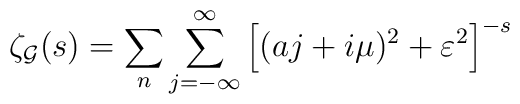
\zeta_{\cal G}(s) = \sum_n \sum_{j=-\infty}^{\infty} \left[ (aj + i\mu)^2 + \varepsilon^2 \right]^{-s}